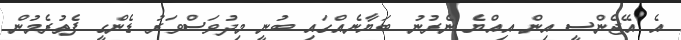
އެ އޭޖެންސީ އިން އިއްޔެ ނެރުނު ބަޔާނެއްގައި ބުނީ މިދުވަސްވަރު ޑެންގީ ފެތުރެމުން